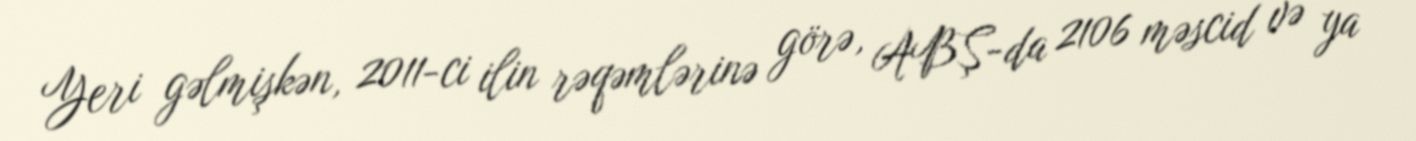
Yeri gəlmişkən, 2011-ci ilin rəqəmlərinə görə, ABŞ-da 2106 məscid və ya